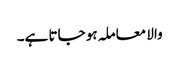
والا معاملہ ہو جاتا ہے۔